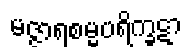
မဇ္ဇာရစမ္မပရိက္ခဋာ